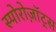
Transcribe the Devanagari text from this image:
स्पोरोज़ॉट्स